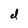
Character: d